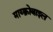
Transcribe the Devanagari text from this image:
माय्क्रोबाइल